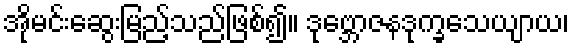
အိုမင်းဆွေးမြည့်သည်ဖြစ်၍။ ဒုဗ္ဘောဇနဒုက္ခသေယျာယ၊